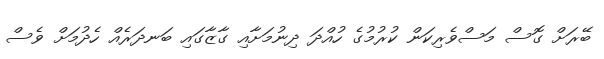
ބޭރަށް ގޮސް މަސްވެރިކަން ކުރުމުގެ ހުއްދަ ދިނުމަށާއި ގާޒާގައި ބަނދަރެއް ހެދުމަށް ވެސް